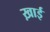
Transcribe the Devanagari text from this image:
ख़ाई